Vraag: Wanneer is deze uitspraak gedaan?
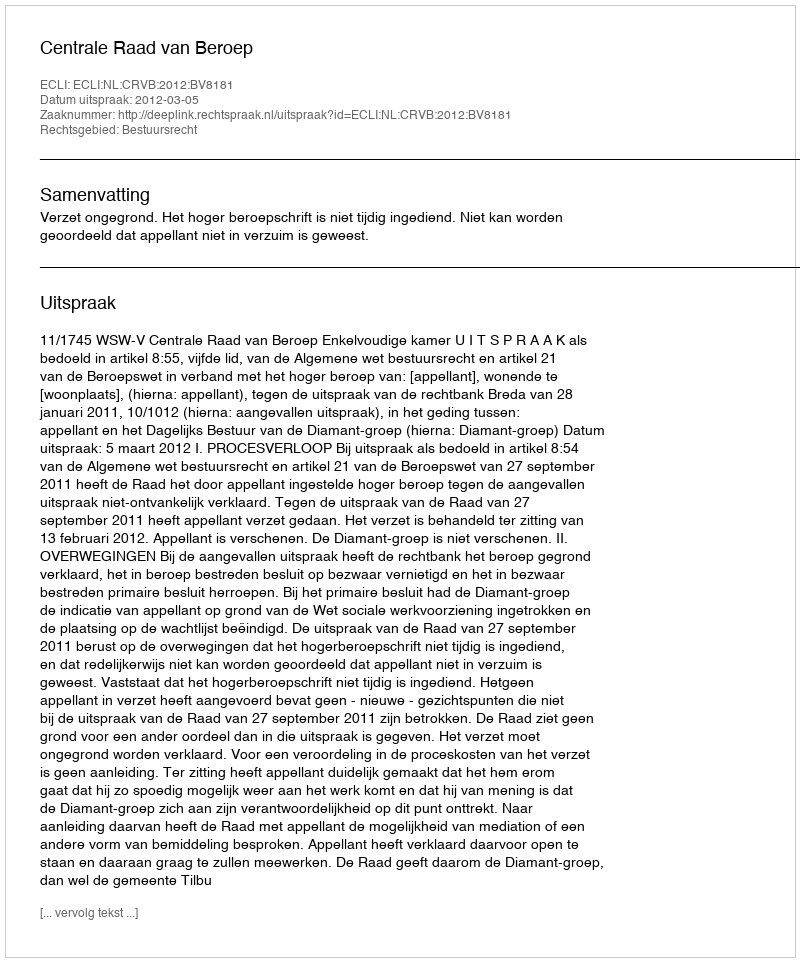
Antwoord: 2012-03-05